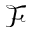
\mathcal { F }